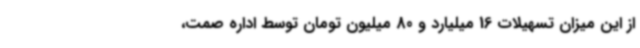
از این میزان تسهیلات 16 میلیارد و 80 میلیون تومان توسط اداره صمت،